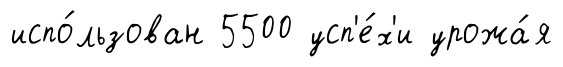
испо́льзован 5500 усп'е́х'и урожа́я